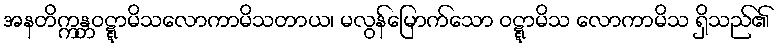
အနတိက္ကန္တဝဋ္ဋာမိသလောကာမိသတာယ၊ မလွန်မြောက်သော ဝဋ္ဋာမိသ လောကာမိသ ရှိသည်၏